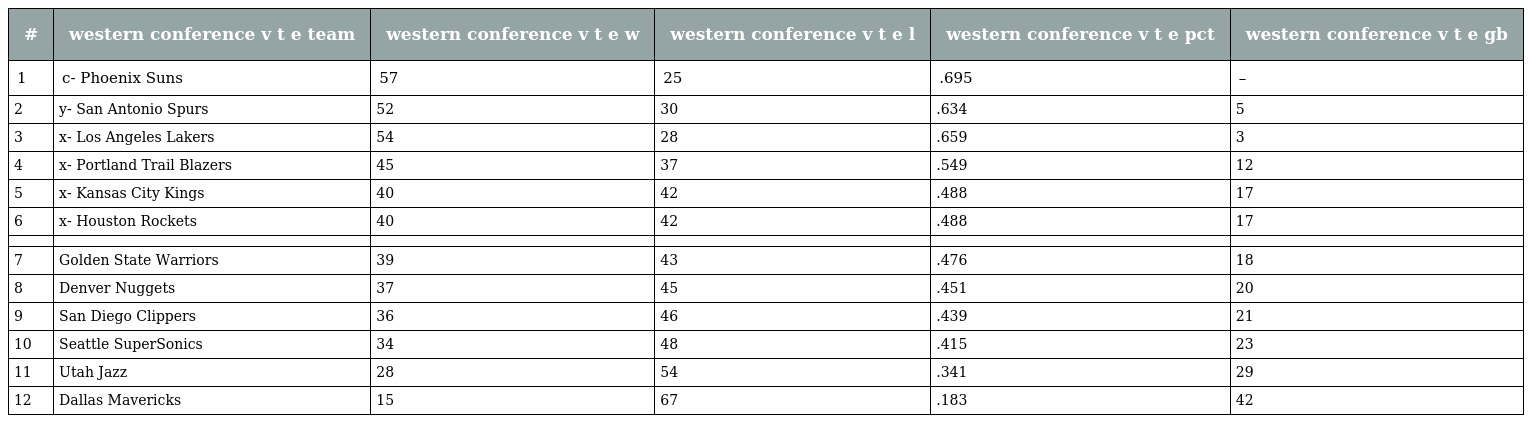
| # | western conference v t e team | western conference v t e w | western conference v t e l | western conference v t e pct | western conference v t e gb |
 | --- | --- | --- | --- | --- | --- |
 | 1 | c- Phoenix Suns | 57 | 25 | .695 | – |
 | 2 | y- San Antonio Spurs | 52 | 30 | .634 | 5 |
 | 3 | x- Los Angeles Lakers | 54 | 28 | .659 | 3 |
 | 4 | x- Portland Trail Blazers | 45 | 37 | .549 | 12 |
 | 5 | x- Kansas City Kings | 40 | 42 | .488 | 17 |
 | 6 | x- Houston Rockets | 40 | 42 | .488 | 17 |
 |  |  |  |  |  |  |
 | 7 | Golden State Warriors | 39 | 43 | .476 | 18 |
 | 8 | Denver Nuggets | 37 | 45 | .451 | 20 |
 | 9 | San Diego Clippers | 36 | 46 | .439 | 21 |
 | 10 | Seattle SuperSonics | 34 | 48 | .415 | 23 |
 | 11 | Utah Jazz | 28 | 54 | .341 | 29 |
 | 12 | Dallas Mavericks | 15 | 67 | .183 | 42 |